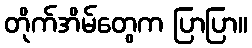
တိုက်အိမ်တွေက ပြာပြာ။